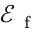
\mathcal { E } _ { \mathrm { ~ f ~ } }